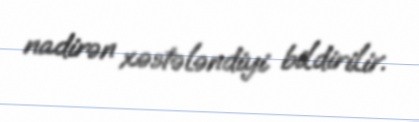
nadirən xəstələndiyi bildirilir.